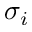
\sigma _ { i }